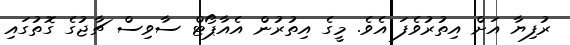
ރުފިޔާ އަށް އިތުރުވެފަ އެވެ. މީގެ އިތުރުން އެއާޕޯޓް ސާވިސް ޗާޖުގެ ގޮތުގައި